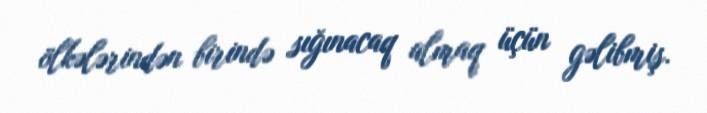
ölkələrindən birində sığınacaq almaq üçün gəlibmiş.